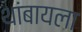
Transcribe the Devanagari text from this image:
थांबायला